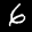
Label: 6